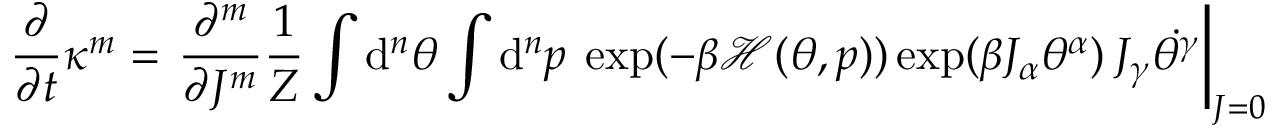
\frac { \partial } { \partial t } \kappa ^ { m } = \left. \frac { \partial ^ { m } } { \partial J ^ { m } } \frac { 1 } { Z } \int \mathrm { d } ^ { n } \theta \int \mathrm { d } ^ { n } p \: \exp ( - \beta \mathcal { H } ( \theta , p ) ) \exp ( \beta J _ { \alpha } \theta ^ { \alpha } ) \: J _ { \gamma } \dot { \theta ^ { \gamma } } \right| _ { J = 0 }